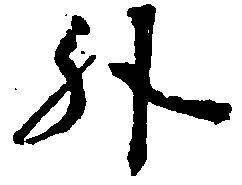
升